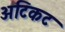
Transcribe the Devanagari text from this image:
अटिकट